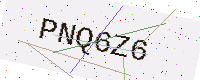
Text: PNQ6Z6